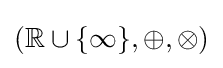
(\mathbb {R} \cup \{\infty \},\oplus ,\otimes )